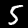
Digit: 5